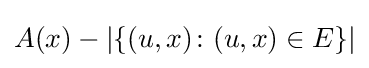
A(x)-|\{(u,x)\colon (u,x)\in E\}|